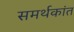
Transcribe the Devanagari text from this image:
समर्थकांत